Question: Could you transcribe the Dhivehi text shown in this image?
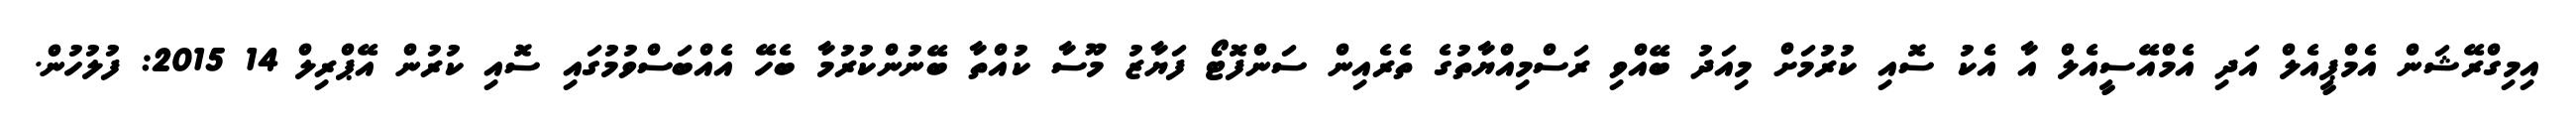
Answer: އިމިގްރޭޝަން އެމްޕީއެލް އަދި އެމްއޭސީއެލް އާ އެކު ސޮއި ކުރުމަށް މިއަދު ބޭއްވި ރަސްމިއްޔާތުގެ ތެރެއިން ސަންފޮޓޯ ފަޔާޒު މޫސާ ކުއްތާ ބޭނުންކުރުމާ ބެހޭ އެއްބަސްވުމުގައި ސޮއި ކުރުން އޭޕްރިލް 14 2015: ފުލުހުން.